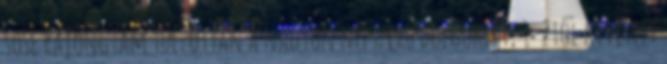
sose rajongtam túlzottan a nagyon népszerű dolgokért, 1-2től kivételt